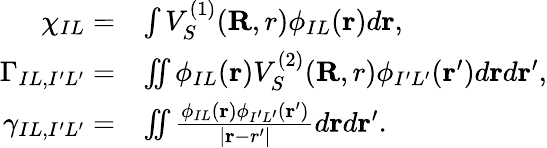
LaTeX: \begin{array}{rl}{\chi_{IL}=}&{\int V_{S}^{(1)}({\mathbf R,r})\phi_{IL}({\mathbf r})d{\mathbf r},}\\ {\Gamma_{IL,I^{\prime}L^{\prime}}=}&{\iint\phi_{IL}({\mathbf r})V_{S}^{(2)}({\mathbf R,r})\phi_{I^{\prime}L^{\prime}}({\mathbf r^{\prime}})d{\mathbf r}d{\mathbf r^{\prime}},}\\ {\gamma_{IL,I^{\prime}L^{\prime}}=}&{\iint\frac{\phi_{IL}({\mathbf r})\phi_{I^{\prime}L^{\prime}}({\mathbf r^{\prime}})}{\vert{\mathbf r-r^{\prime}}\vert}d{\mathbf r}d{\mathbf r^{\prime}}.}\end{array}